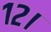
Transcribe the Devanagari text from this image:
१२।